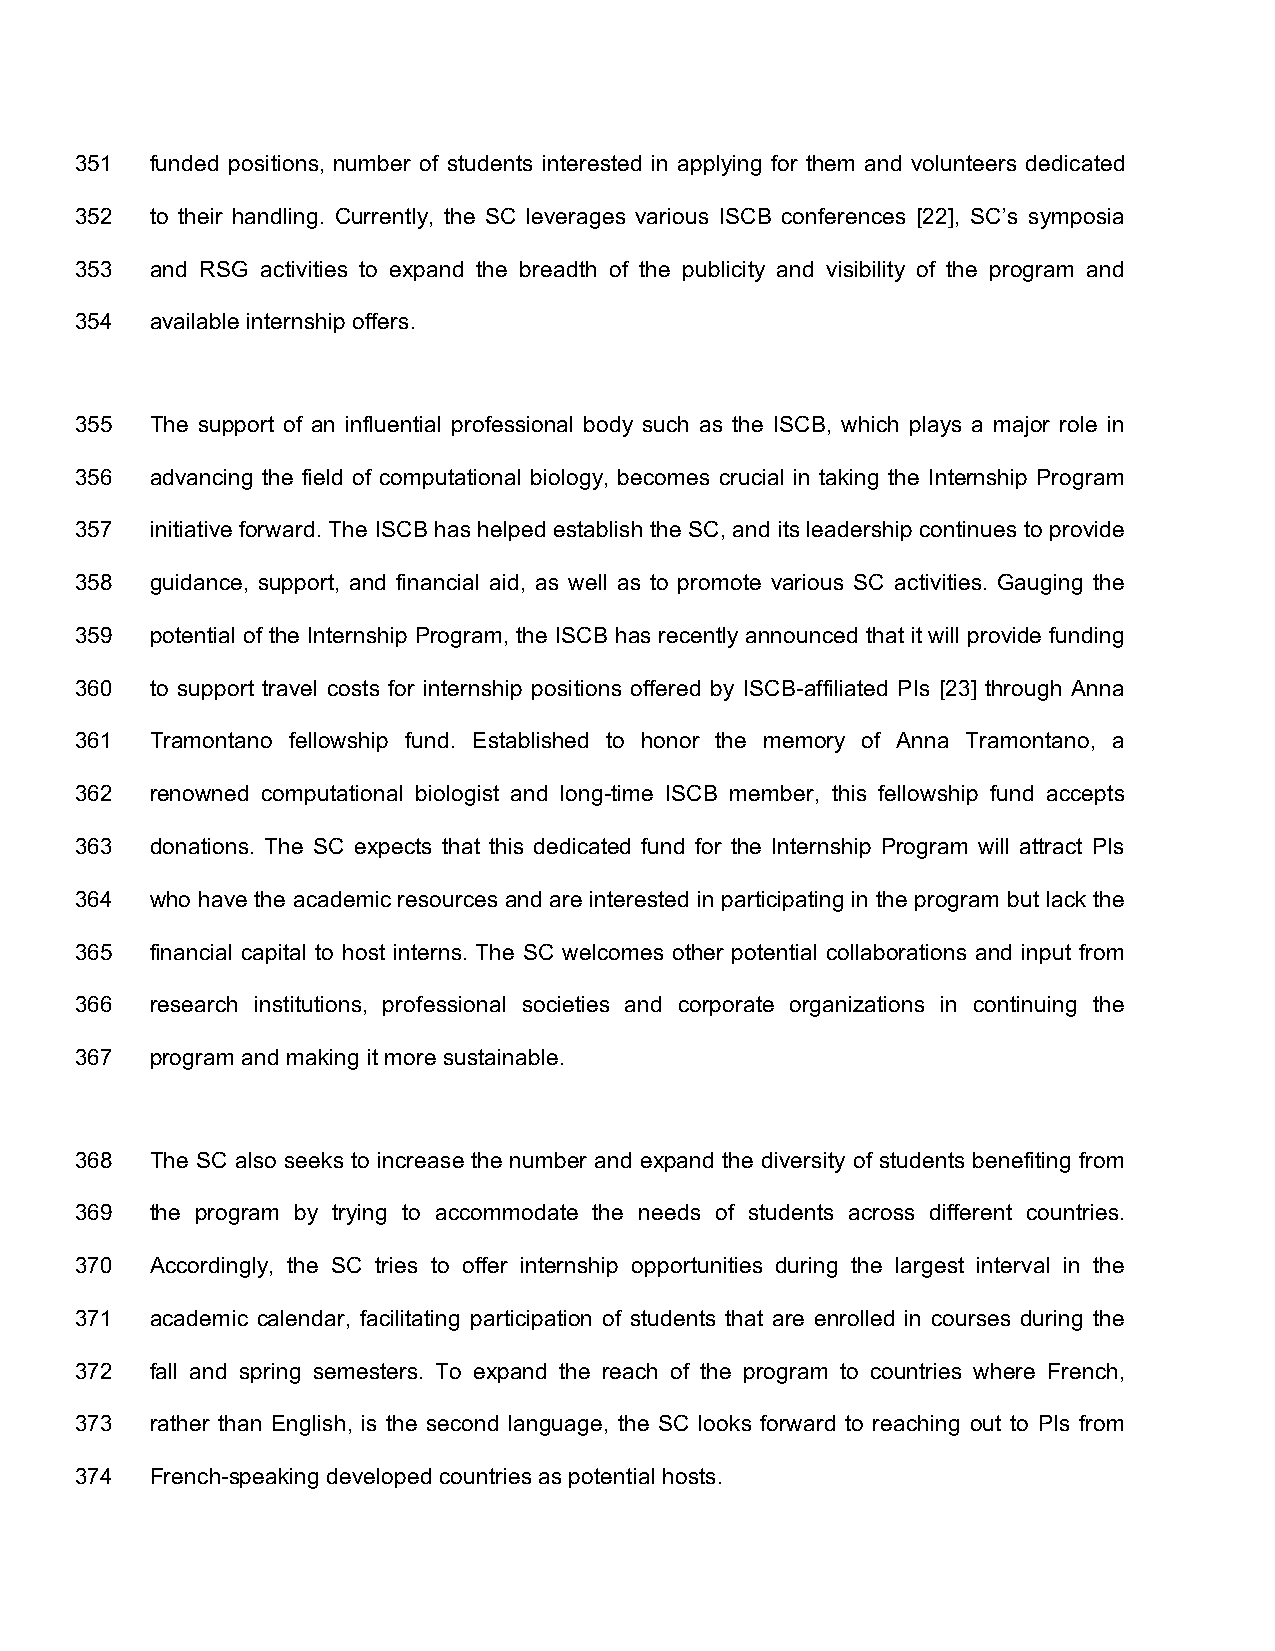
351  funded positions, number of students interested in applying for them and volunteers dedicated
 352  to their handling. Currently, the SC leverages various ISCB conferences [22], SC’s symposia
 353  and RSG activities to expand the breadth of the publicity and visibility of the program and
 354  available internship offers.
 355  The support of an influential professional body such as the ISCB, which plays a major role in
 356  advancing the field of computational biology, becomes crucial in taking the Internship Program
 357  initiative forward. The ISCB has helped establish the SC, and its leadership continues to provide
 358  guidance, support, and financial aid, as well as to promote various SC activities. Gauging the
 359  potential of the Internship Program, the ISCB has recently announced that it will provide funding
 360  to support travel costs for internship positions offered by ISCB-affiliated PIs [23] through Anna
 361  Tramontano fellowship fund. Established to honor the memory of Anna Tramontano, a
 362  renowned computational biologist and long-time ISCB member, this fellowship fund accepts
 363  donations. The SC expects that this dedicated fund for the Internship Program will attract PIs
 364  who have the academic resources and are interested in participating in the program but lack the
 365  financial capital to host interns. The SC welcomes other potential collaborations and input from
 366  research institutions, professional societies and corporate organizations in continuing the
 367  program and making it more sustainable.
 368  The SC also seeks to increase the number and expand the diversity of students benefiting from
 369  the program by trying to accommodate the needs of students across different countries.
 370  Accordingly, the SC tries to offer internship opportunities during the largest interval in the
 371  academic calendar, facilitating participation of students that are enrolled in courses during the
 372  fall and spring semesters. To expand the reach of the program to countries where French,
 373  rather than English, is the second language, the SC looks forward to reaching out to PIs from
 374  French-speaking developed countries as potential hosts.